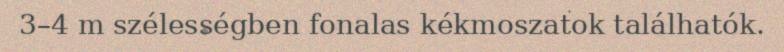
3–4 m szélességben fonalas kékmoszatok találhatók.